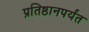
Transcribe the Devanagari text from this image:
प्रतिष्ठानपर्यंत